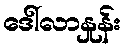
ဒေါ်လာနှုန်း